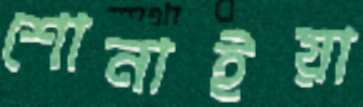
শোনাইয়া